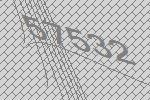
57532